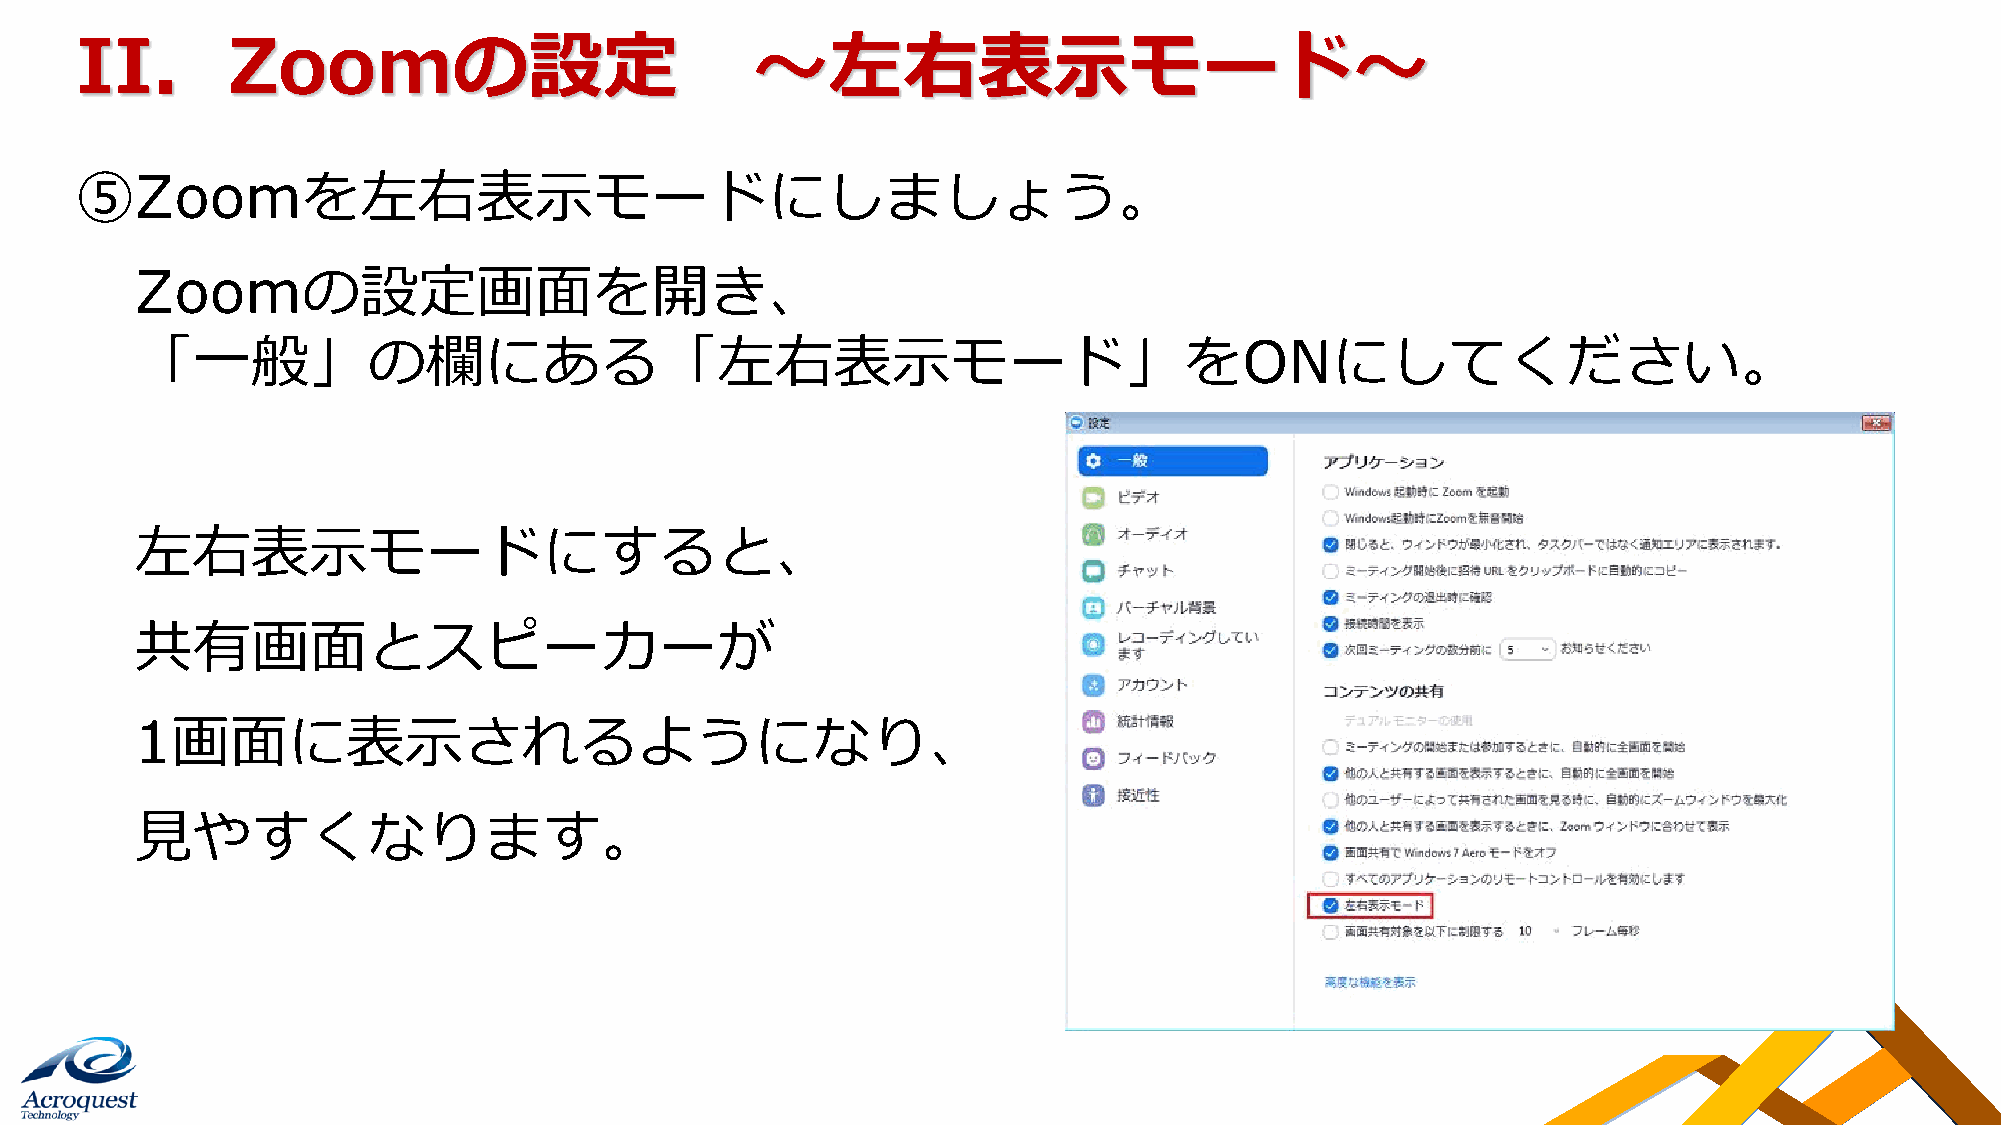
II．Zoomの設定                                   ～左右表示モード～
 ⑤Zoomを左右表示モードにしましょう。
 Zoomの設定画面を開き、
 「一般」の欄にある「左右表示モード」をONにしてください。
 左右表示モードにすると、
 共有画面とスピーカーが
 1画面に表示されるようになり、
 見やすくなります。